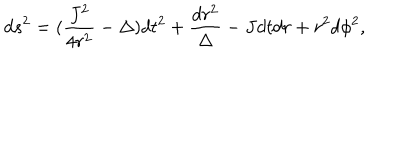
LaTeX: d s ^ { 2 } = ( \frac { J ^ { 2 } } { 4 r ^ { 2 } } - \Delta ) d t ^ { 2 } + \frac { d r ^ { 2 } } { \Delta } - J d t d r + r ^ { 2 } d \phi ^ { 2 } ,